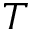
T